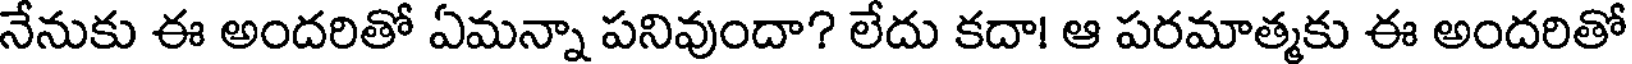
నేనుకు ఈ అందరితో ఏమన్నా పనివుందా? లేదు కదా! ఆ పరమాత్మకు ఈ అందరితో